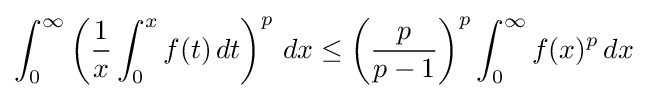
\int _{0}^{\infty }\left({\frac {1}{x}}\int _{0}^{x}f(t)\,dt\right)^{p}\,dx\leq \left({\frac {p}{p-1}}\right)^{p}\int _{0}^{\infty }f(x)^{p}\,dx